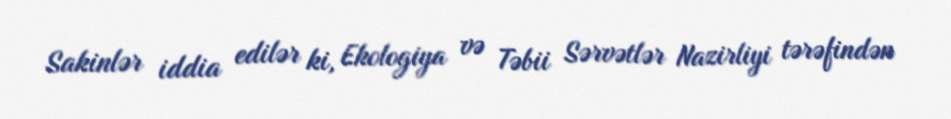
Sakinlər iddia edilər ki, Ekologiya və Təbii Sərvətlər Nazirliyi tərəfindən